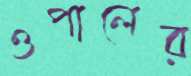
ওপালের